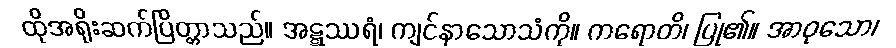
ထိုအရိုးဆက်ပြိတ္တာသည်။ အဋ္ဋဿရံ၊ ကျင်နာသောသံကို။ ကရောတိ၊ ပြု၏။ အာဝုသော၊